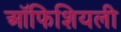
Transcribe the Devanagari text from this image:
ऑफिशियली